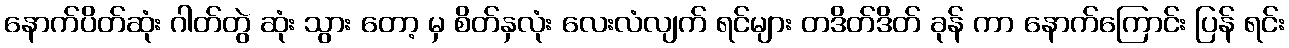
နောက်ပိတ်ဆုံး ဂါတ်တွဲ ဆုံး သွား တော့ မှ စိတ်နှလုံး လေးလံလျက် ရင်များ တဒိတ်ဒိတ် ခုန် ကာ နောက်ကြောင်း ပြန် ရင်း